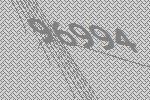
96994